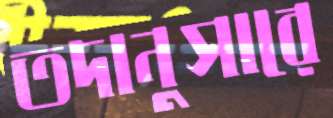
তদানুসারে